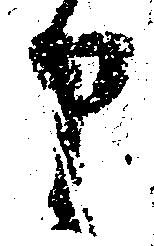
申